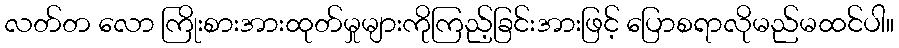
လတ်တ လော ကြိုးစားအားထုတ်မှုများကိုကြည့်ခြင်းအားဖြင့် ပြောစရာလိုမည်မထင်ပါ။